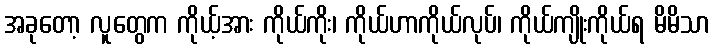
အခုတော့ လူတွေက ကိုယ့်အား ကိုယ်ကိုး၊ ကိုယ်ဟာကိုယ်လုပ်၊ ကိုယ်ကျိုးကိုယ်ရ မိမိသာ